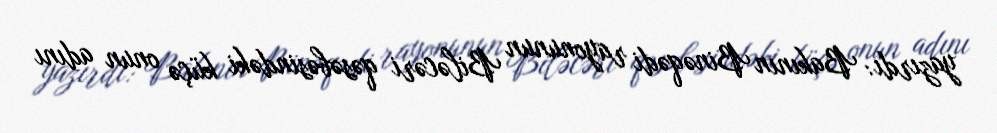
yazırdı: Bakının Binəqədi rayonunun Biləcəri qəsəbəsindəki küçə onun adını